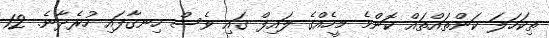
ތިކަހަލަ ކަންތައްތައް ކޮންމެ މީހެއްގެ ލައިފް ގައި ވެސް ހިނގާފައި ހުރެދާނެ. 12